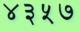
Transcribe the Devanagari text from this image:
४३५७